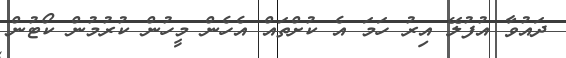
ދައުވާ އުފުލޭ އިރު ހަމަ އެ ކުށްތައް އެހެން މީހުން ކުރުމުން ކޯޓުން